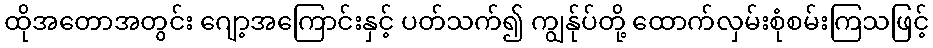
ထိုအတောအတွင်း ဂျော့အကြောင်းနှင့် ပတ်သက်၍ ကျွန်ုပ်တို့ ထောက်လှမ်းစုံစမ်းကြသဖြင့်